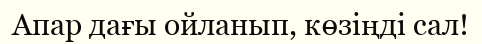
Апар дағы ойланып, көзіңді сал!